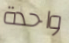
واحدة